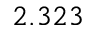
2 . 3 2 3